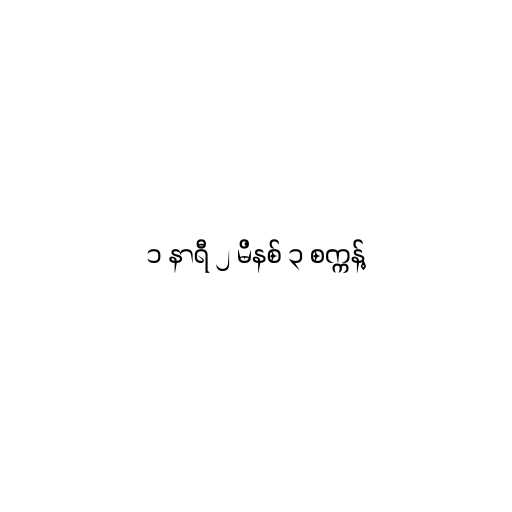
၁ နာရီ ၂ မိနစ် ၃ စက္ကန့်